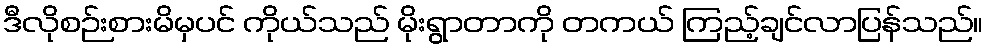
ဒီလိုစဉ်းစားမိမှပင် ကိုယ်သည် မိုးရွာတာကို တကယ် ကြည့်ချင်လာပြန်သည်။